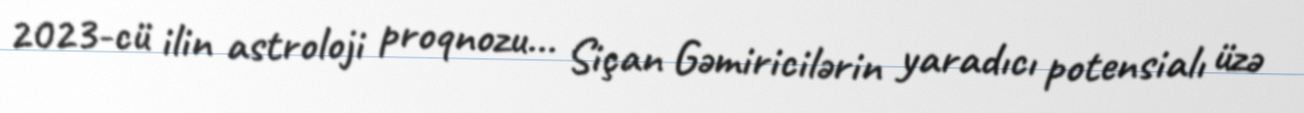
2023-cü ilin astroloji proqnozu... Siçan Gəmiricilərin yaradıcı potensialı üzə